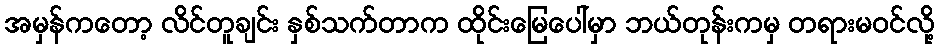
အမှန်ကတော့ လိင်တူချင်း နှစ်သက်တာက ထိုင်းမြေပေါ်မှာ ဘယ်တုန်းကမှ တရားမဝင်လို့